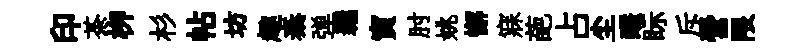
印茶栁杉帖坊趣秦弹覊寅肘姚懈寐葩占尘釅眎斥營限